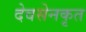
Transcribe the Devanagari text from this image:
देवसेनकृत